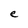
Character: e